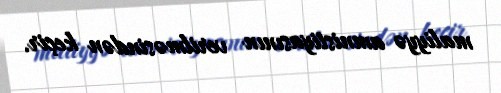
maliyyə amnistiyasının verilməsindən keçir.